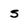
Character: s